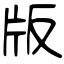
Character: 版